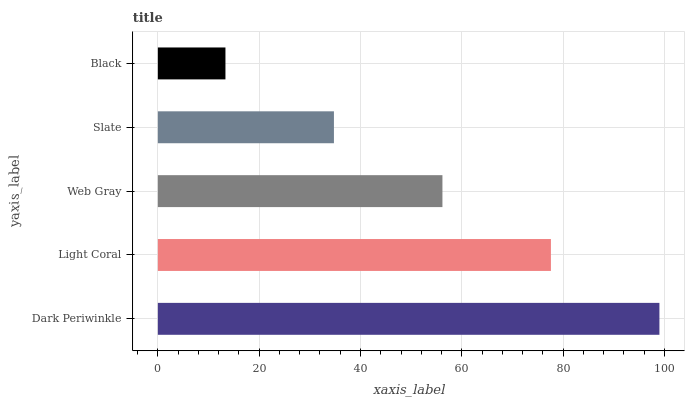
| yaxis_label | bars |
 | --- | --- |
 | Dark Periwinkle | 99 |
 | Light Coral | 77.6 |
 | Web Gray | 56.2 |
 | Slate | 34.8 |
 | Black | 13.3 |